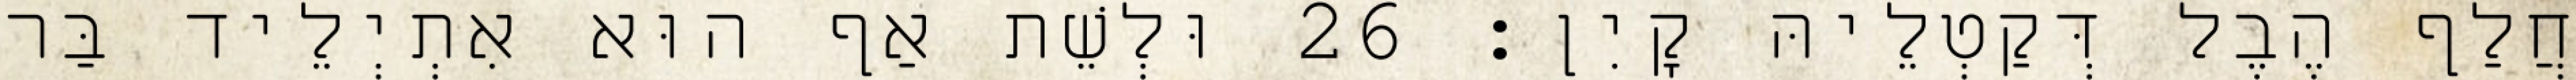
חֲלַף הֶבֶל דְּקַטְלֵיהּ קָיִן׃ 26 וּלְשֵׁת אַף הוּא אִתְיְלֵיד בַּר